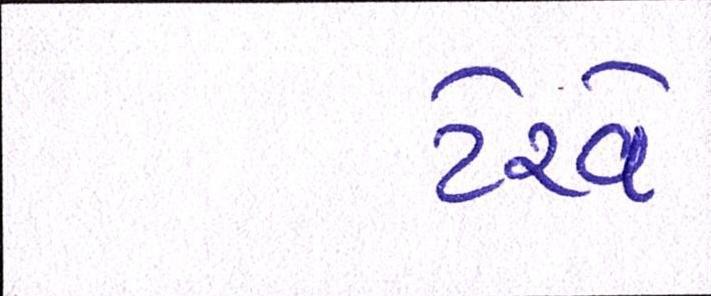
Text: ટેરવે